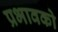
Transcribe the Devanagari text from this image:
प्रभावको